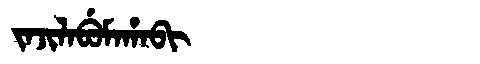
Manchu: ᠵᠠᠵᡳᠯᠠᠪᡠᠮᠠᡥᠠᠪᡳ
Romanization: JAJILABUMAHABI